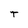
Character: T